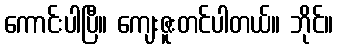
ကောင်းပါပြီ။ ကျေးဇူးတင်ပါတယ်။ ဘိုင်။